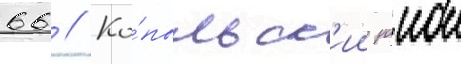
66 // Ко́пыльск'ии раион